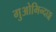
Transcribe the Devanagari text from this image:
गुओमिन्दाङ्ग